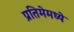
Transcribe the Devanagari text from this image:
प्रतिमेमध्ये